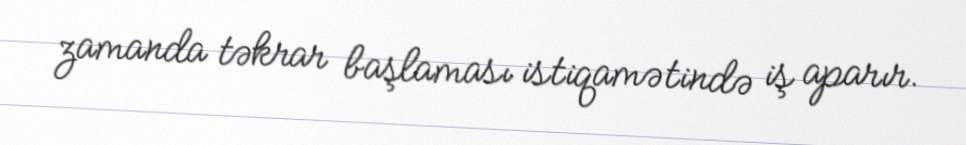
zamanda təkrar başlaması istiqamətində iş aparır.